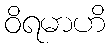
ဝိရမာဟိ